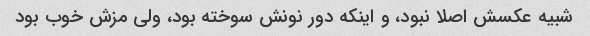
شبیه عکسش اصلا نبود، و اینکه دور نونش سوخته بود، ولی مزش خوب بود